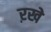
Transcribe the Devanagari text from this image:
ऱखे